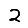
Digit: 2